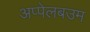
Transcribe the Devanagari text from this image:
अप्पेलबउम